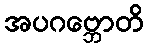
အပဂဗ္ဘောတိ